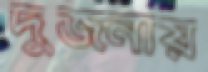
দুজনায়